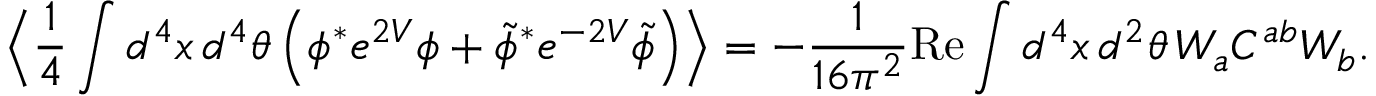
\Big \langle \frac { 1 } { 4 } \int d ^ { 4 } x \, d ^ { 4 } \theta \, \Big ( \phi ^ { * } e ^ { 2 V } \phi + \tilde { \phi } ^ { * } e ^ { - 2 V } \tilde { \phi } \Big ) \Big \rangle = - \frac { 1 } { 1 6 \pi ^ { 2 } } \mathrm { R e } \int d ^ { 4 } x \, d ^ { 2 } \theta \, W _ { a } C ^ { a b } W _ { b } .